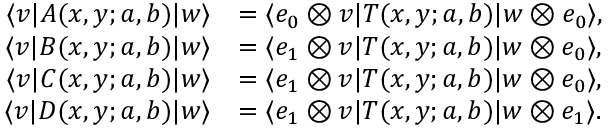
\begin{array} { r l } { \langle v | A ( x , y ; a , b ) | w \rangle } & { = \langle e _ { 0 } \otimes v | T ( x , y ; a , b ) | w \otimes e _ { 0 } \rangle , } \\ { \langle v | B ( x , y ; a , b ) | w \rangle } & { = \langle e _ { 1 } \otimes v | T ( x , y ; a , b ) | w \otimes e _ { 0 } \rangle , } \\ { \langle v | C ( x , y ; a , b ) | w \rangle } & { = \langle e _ { 1 } \otimes v | T ( x , y ; a , b ) | w \otimes e _ { 0 } \rangle , } \\ { \langle v | D ( x , y ; a , b ) | w \rangle } & { = \langle e _ { 1 } \otimes v | T ( x , y ; a , b ) | w \otimes e _ { 1 } \rangle . } \end{array}